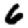
Digit: 6